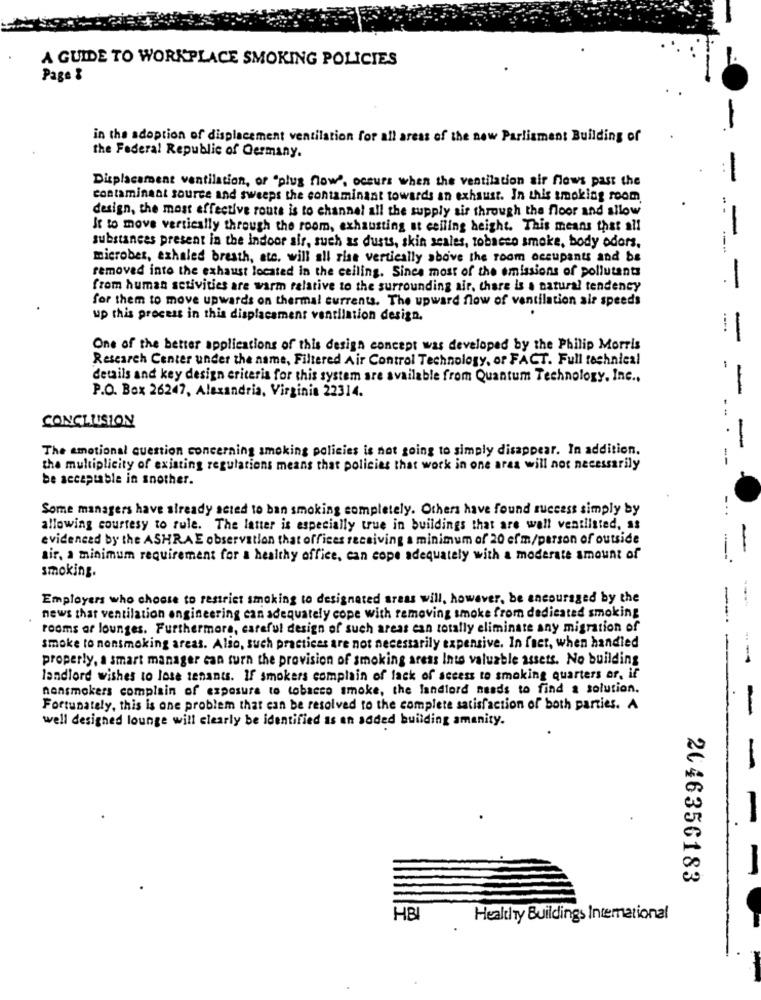
A GUIDE TO WORKPLACE SMOKING POLICIES
Page &
-
in the adoption of displacement ventilation for all areas of the new Parliament Building of
the Federal Republic of Germany.
Displacement ventilation, or "plug flow', occurs when the ventilation air flows past the
contaminant source and sweeps the contaminant towards an exhaust. In this smoking room
design, the most effective route is to channel all the supply sit through the floor and allow
Jt to move vertically through the room, exhausting at ceiling height. This means that all
substances present in the indoor air, such as dusts, skin scales, tobacco smoke, body odors.
microbes, exhaled breath, ate, will all rise vertically above the room occupants and be
removed into the exhaust located in the ceiling. Since most of the emissions of pollutants
from human setivities are warm relative to the surrounding air, there is a natural tendency
for them to move upwards on thermal currents. The upward flow of ventilation air speeds
up this process in this displacement ventilation design.
==== =
One of the better applications of this design concept was developed by the Philip Morris
Research Center under the name, Filtered Air Control Technology, or FACT. Full technical
details and key design criteria for this system are available from Quantum Technology, Inc .,
P.O. Box 26247, Alexandria, Virginia 22314.
-
CONCLUSION
The emotional question concerning smoking policies is not going to simply disappear. In addition.
-
-
the multiplicity of existing regulations means that policies that work in one aras will not necessarily
be acceptable in snother.
Some managers have already acted to ban smoking completely. Others have found success simply by
-.
allowing courtesy to rule. The latter is especially true in buildings that are wall ventilated, 33
evidenced by the ASHRAE observation that offices receiving a minimum of 20 efm/person of outside
-
air, a minimum requirement for a healthy office, can cope adequately with a moderate amount of
smoking.
Employers who choose to restrict smoking to designated areas will, however, be encouraged by the
news that ventilation engineering can adequately cope with removing smoke from dedicated smoking
rooms or lounges. Furthermore, careful design of such areas can totally eliminate any migration of
smoke to nonsmoking areas. Also, such practices are not necessarily expensive. In faer, when handled
properly, a smart manager can turn the provision of smoking areas Inte valuable assets. No building
landlord wishes to lose tenants. If smokers complain of lack of access to smoking quarters or, if
nonsmokers complain of exposure to tobacco smoke, the landlord needs to find a solution.
Fortunately, this is one problem that can be resolved to the complete satisfaction of both parties. A
well designed lounge will clearly be identified as an added building amenity.
2046356183
HBI
Healthy Buildings Intemational